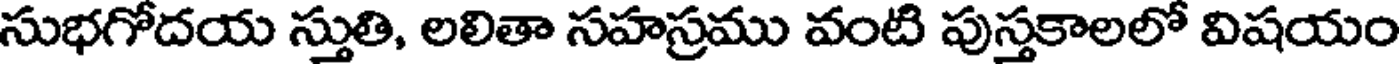
సుభగోదయ స్తుతి, లలితా సహస్రము వంటి పుస్తకాలలో విషయం